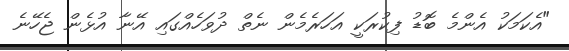
"އެކަމަކު އެންމެ ބޮޑު ފިކުރަކީ އަހަރެމެން ނެތް ދުވަހެއްގައި އޭނާ އުޅެން ޖެހޭނެ